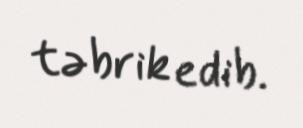
təbrik edib.